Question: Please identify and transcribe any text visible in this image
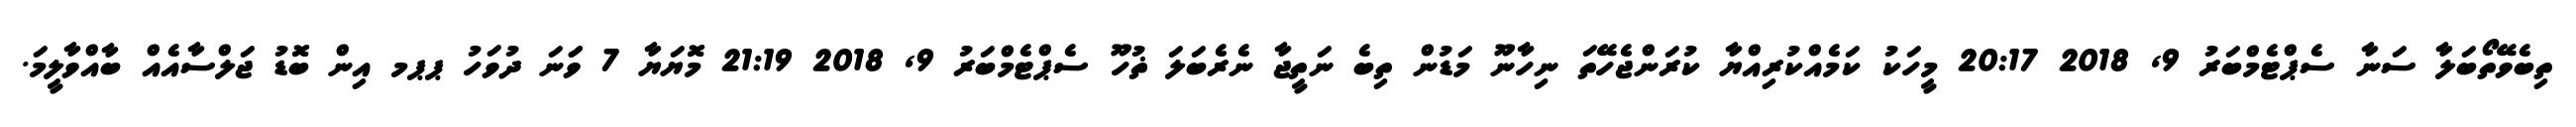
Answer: ތިބެވޭތޯބަލާ ސަނާ ސެޕްޓެމްބަރު 9, 2018 20:17 މީހަކު ކަމެއްކުރިއްޔާ ކުރަންޖެހޭތަ ނިހާނޫ މަޑުން ތިބެ ނަތީޖާ ނެރެބަލަ ޡުހޫ ސެޕްޓެމްބަރު 9, 2018 21:19 މޮޔަޔާ 7 ވަަނަ ދުވަހު ޕޕމ އިން ބޮޑު ޖަލްސާއެއް ބާއްވާލީމަ.